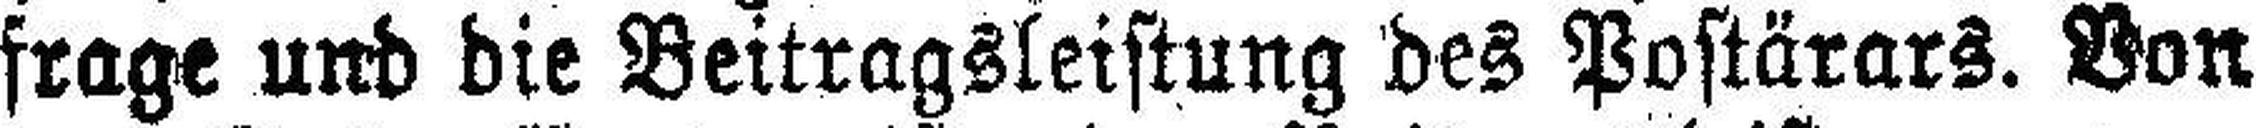
frage und die Beitragsleistung des Postärars. Von